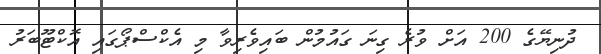
ދުނިޔޭގެ 200 އަށް ވުރެ ގިނަ ގައުމުން ބައިވެރިވާ މި އެކްސްޕޯގައި އޮކްޓޫބަރު